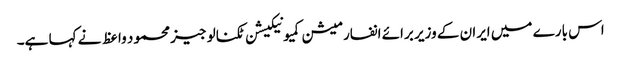
اس بارے میں ایران کے وزیر برائے انفارمیشن کمیونیکیشن ٹکنالوجیز محمود واعظ نے کہا ہے۔